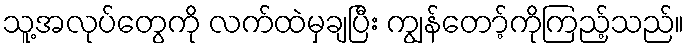
သူ့အလုပ်တွေကို လက်ထဲမှချပြီး ကျွန်တော့်ကိုကြည့်သည်။